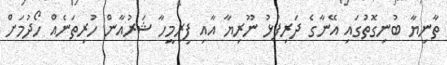
ތާނިޔާ ބުނިގޮތުގައި އޭނާގެ ދަރިފުޅު ނޫރިޔާ އާއި ފިރިމީހާ ޝަރުއާން ހުރިތަނެއް ހޯދުމަށް